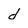
Character: d